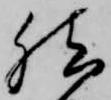
然